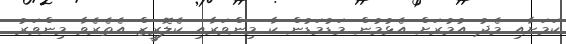
ކަމަށާއި މެދު އުމުރަށް އެޅުމުން މަޑުމަޑުން ކާ މިންވަރާއި ކެލޮރީޒް އެތެރެވާ މިންވަރު